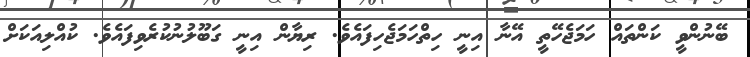
ބޭނުންވީ ކަންތައް ހަމަޖެހޭތީ އޭނާ އިނީ ހިތްހަމަޖެހިފައެވެ. ރިޔާން އިނީ ގަބޫލުނުކުރެވިފައެވެ. ކުއްލިއަކަށް